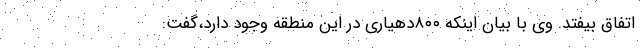
اتفاق بیفتد. وی با بیان اینکه ۸۰۰دهیاری در این منطقه وجود دارد،گفت: